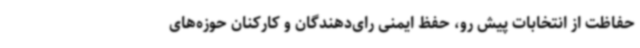
حفاظت از انتخابات پیش رو، حفظ ایمنی رای‌دهندگان و کارکنان حوزه‌های